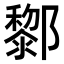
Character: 𨟀